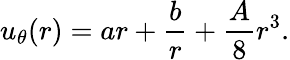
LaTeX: u_{\theta}(r)=ar+\frac{b}{r}+\frac{A}{8}r^{3}.